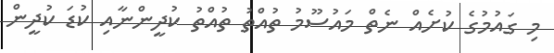
މި ގައުމުގެ ކުށެއް ނެތް މައުސޫމު ތުއްތު ތުއްތު ކުދީންނާއި ކުޑަ ކުދީން